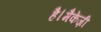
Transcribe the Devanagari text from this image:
है।मैकेंज़ी